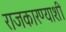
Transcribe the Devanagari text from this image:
राजकारण्याशी